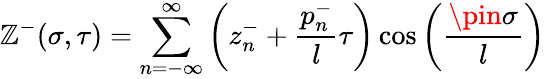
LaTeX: \mathbb{Z}^{-}(\sigma,\tau)=\sum_{n=-\infty}^{\infty}\left(z_{n}^{-}+\frac{{p_{n}^{-}}}{{l}}\tau\right)\cos\left(\frac{{\pin\sigma}}{{l}}\right)